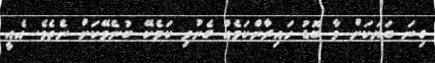
ގިނަ ބަޔަކަށް މާ ބޮޑު ހައިރާންކަމެއް ގެނުވި ކަމެކޭ ބުނެވޭކަށް ނެތެވެ. އެއީ